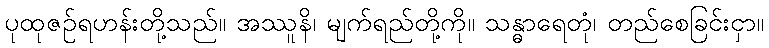
ပုထုဇဉ်ရဟန်းတို့သည်။ အဿူနိ၊ မျက်ရည်တို့ကို။ သန္ဓာရေတုံ၊ တည်စေခြင်းငှာ။